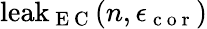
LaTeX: \mathrm{leak}_{\mathrm{~E~C~}}(n,\epsilon_{\mathrm{~c~o~r~}})